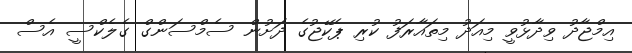
އިމްޖާދު ވިދާޅުވީ މިއަދު މިތައާރަފު ކުރި ޕެކޭޖުގެ ދަށުން ސެމްސަންގް ގެލެކްސީ އެސް